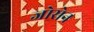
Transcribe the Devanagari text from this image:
जोसेन